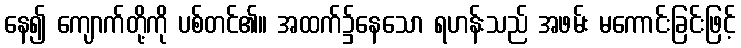
နေ၍ ကျောက်တို့ကို ပစ်တင်၏။ အထက်၌နေသော ရဟန်းသည် အဖမ်း မကောင်းခြင်းဖြင့်